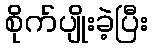
စိုက်ပျိုးခဲ့ပြီး